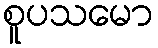
စူပသမော